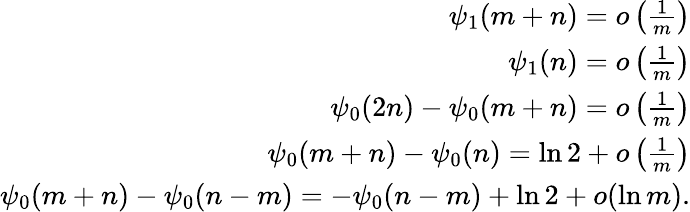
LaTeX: \begin{array}{r}{\psi_{1}(m+n)=o\left(\frac{1}{m}\right)}\\ {\psi_{1}(n)=o\left(\frac{1}{m}\right)}\\ {\psi_{0}(2n)-\psi_{0}(m+n)=o\left(\frac{1}{m}\right)}\\ {\psi_{0}(m+n)-\psi_{0}(n)=\ln 2+o\left(\frac{1}{m}\right)}\\ {\psi_{0}(m+n)-\psi_{0}(n-m)=-\psi_{0}(n-m)+\ln 2+o(\ln m).}\end{array}